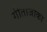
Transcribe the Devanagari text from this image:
गीताजीका